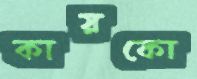
কায়কো